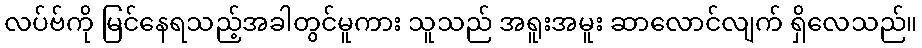
လပ်ဗ်ကို မြင်နေရသည့်အခါတွင်မူကား သူသည် အရူးအမူး ဆာလောင်လျက် ရှိလေသည်။